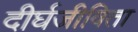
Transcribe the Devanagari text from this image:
दीर्घजीविता